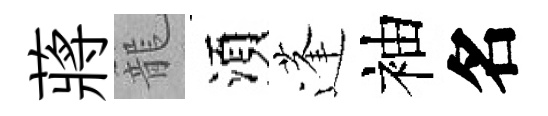
蔣籠湏蓬袖名